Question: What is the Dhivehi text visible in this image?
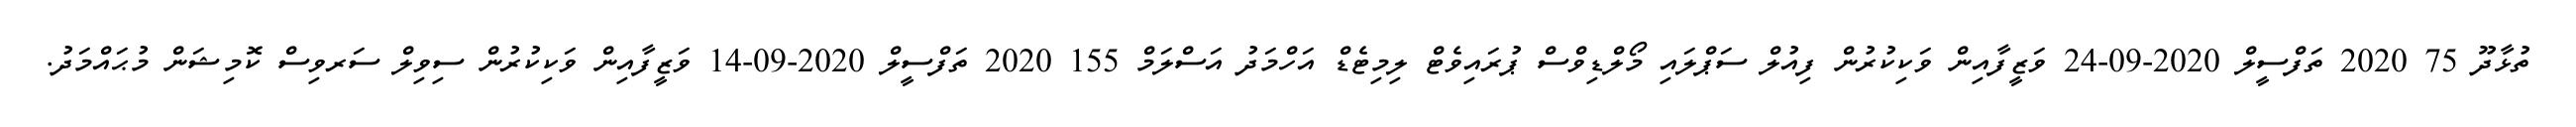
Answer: ތުޅާދޫ 75 2020 ތަފްސީލް 2020-09-24 ވަޒީފާއިން ވަކިކުރުން ފިއުލް ސަޕްލައި މޯލްޑިވްސް ޕުރައިވެޓް ލިމިޓެޑް އަހްމަދު އަސްލަމް 155 2020 ތަފްސީލް 2020-09-14 ވަޒީފާއިން ވަކިކުރުން ސިވިލް ސަރވިސް ކޮމިޝަން މުޙައްމަދު.